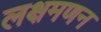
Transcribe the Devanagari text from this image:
लक्षमणन